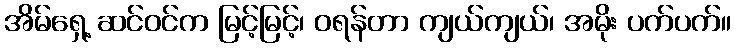
အိမ်ရှေ့ ဆင်ဝင်က မြင့်မြင့်၊ ဝရန်တာ ကျယ်ကျယ်၊ အမိုး ပက်ပက်။